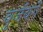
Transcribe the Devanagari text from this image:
वुर्जवर्गे